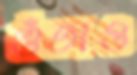
গুঁতাও